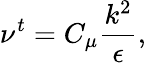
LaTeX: \nu^{t}=C_{\mu}\frac{k^{2}}{\epsilon},